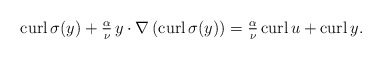
\begin{align*}\mathrm{curl} \, \sigma(y)+\tfrac{\alpha}{\nu}\,y\cdot \nabla\left(\mathrm{curl} \,\sigma(y)\right)=\tfrac{\alpha}{\nu}\,\mathrm{curl} \, u+\mathrm{curl} \, y.\end{align*}